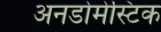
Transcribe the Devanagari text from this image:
अनडोमेस्टिक